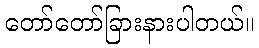
တော်တော်ခြားနားပါတယ်။